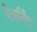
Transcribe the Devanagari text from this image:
येअर्निंग